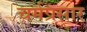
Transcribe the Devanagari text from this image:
चर्मप्रसार